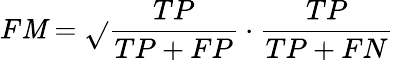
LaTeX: F\mathit{M}={\sqrt{}{{{\frac{{TP}}{{TP+FP}}}\cdot{\frac{{TP}}{{TP+FN}}}}}}